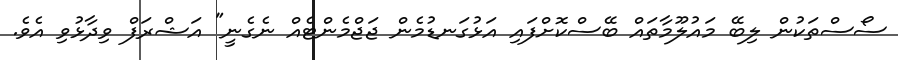
ސޯސްތަކުން ލިބޭ މައުލޫމާތައް ބޭސްކޮށްފައި އަޅުގަނޑުމެން ޖަޖްމެންޓެއް ނެގެނީ" އަޝްރަފް ވިދާޅުވި އެވެ.